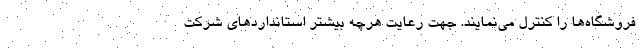
فروشگاه­ها را کنترل می­نمایند. جهت رعایت هرچه بیشتر استانداردهای شرکت